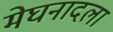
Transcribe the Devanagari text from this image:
मेघनादला